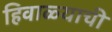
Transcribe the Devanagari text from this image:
हिवाळ्याची